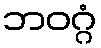
ဘဝဂ္ဂံ